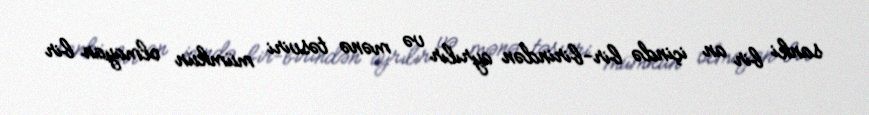
sanki bir an içində bir-birindən ayrılır və mənə təsviri mümkün olmayan bir